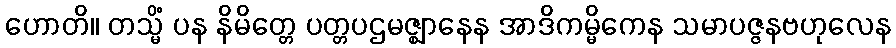
ဟောတိ။ တသ္မိံ ပန နိမိတ္တေ ပတ္တပဌမဇ္ဈာနေန အာဒိကမ္မိကေန သမာပဇ္ဇနဗဟုလေန